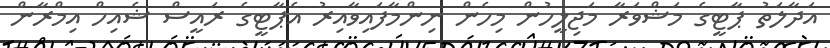
އަދާލަތު ޕާޓީގެ މަޝްވަރާ މަޖިލީހުން މިހެން ނިންމާފައިވާއިރު އެޕާޓީގެ ރައީސް ޝެއިހް އިމްރާން